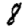
Digit: 8